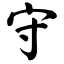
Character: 守